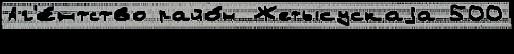
Аг'е́нтство райо́н Жетысускаjа 500